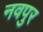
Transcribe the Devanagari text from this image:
नवपुर